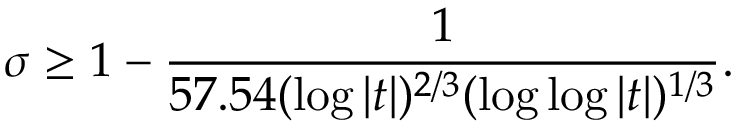
\sigma \geq 1 - { \frac { 1 } { 5 7 . 5 4 ( \log { | t | } ) ^ { 2 / 3 } ( \log { \log { | t | } } ) ^ { 1 / 3 } } } .